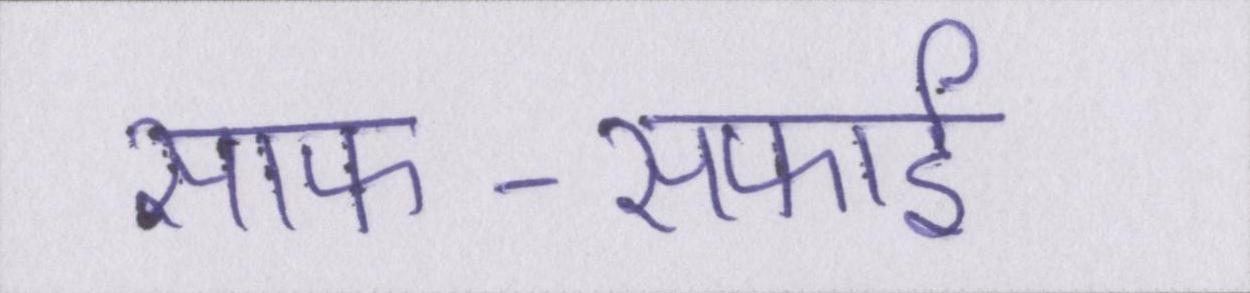
साफ-सफाई